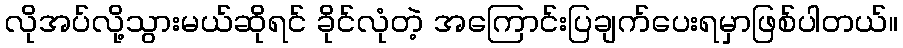
လိုအပ်လို့သွားမယ်ဆိုရင် ခိုင်လုံတဲ့ အကြောင်းပြချက်ပေးရမှာဖြစ်ပါတယ်။